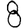
Digit: 8